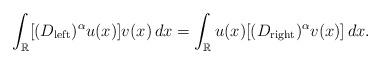
LaTeX: \begin{align*}\int_\mathbb{R}[(D_{\rm left})^{\alpha} u(x)]v(x)\,dx = \int_\mathbb{R} u(x)[(D_{\rm right})^{\alpha} v(x)]\,dx.\end{align*}